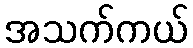
အသက်ကယ်